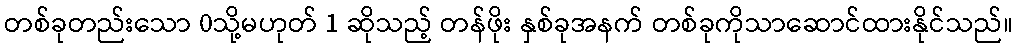
တစ်ခုတည်းသော 0သို့မဟုတ် 1 ဆိုသည့် တန်ဖိုး နှစ်ခုအနက် တစ်ခုကိုသာဆောင်ထားနိုင်သည်။